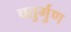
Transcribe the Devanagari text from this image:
चतुर्गुण